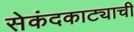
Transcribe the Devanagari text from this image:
सेकंदकाट्याची